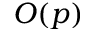
O ( p )